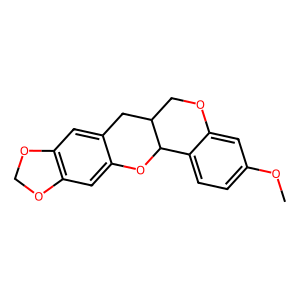
SMILES: COc1ccc2c(c1)OCC1Cc3cc4c(cc3OC21)OCO4
Inhibits HIV replication: No